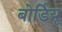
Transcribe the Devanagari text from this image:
बोर्डियू